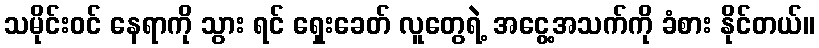
သမိုင်းဝင် နေရာကို သွား ရင် ရှေးခေတ် လူတွေရဲ့ အငွေ့အသက်ကို ခံစား နိုင်တယ်။